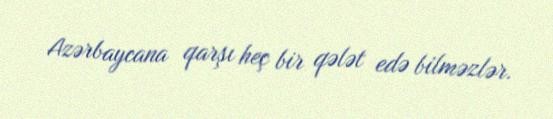
Azərbaycana qarşı heç bir qələt edə bilməzlər.